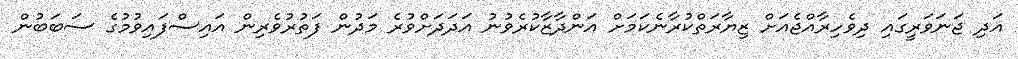
އަދި ޖަނަވަރީގައި ދިވެހިރާއްޖެއަށް ޒިޔާރަތްކުރާނެކަމަށް އަންދާޒާކުރެވުނު އަދަދަށްވުރެ މަދުން ފަތުރުވެރިން އައިސްފައިވުމުގެ ސަބަބުން